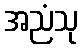
အညံသု